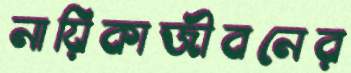
নায়িকাজীবনের